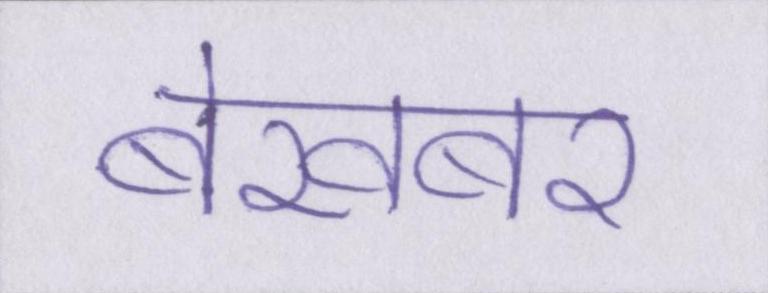
बेखबर